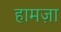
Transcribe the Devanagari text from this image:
हामज़ा